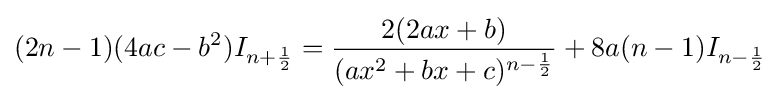
(2n-1)(4ac-b^{2})I_{n+{\frac {1}{2}}}={\frac {2(2ax+b)}{(ax^{2}+bx+c)^{n-{\frac {1}{2}}}}}+{8a(n-1)}I_{n-{\frac {1}{2}}}\,\!